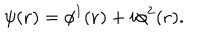
\psi ( { \bf r } ) = \phi ^ { 1 } ( { \bf r } ) + i \phi ^ { 2 } ( { \bf r } ) .